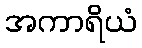
အကာရိယံ